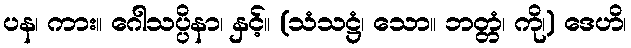
ပန၊ ကား။ ဂေါသပ္ပိနာ၊ နှင့်။ (သံသဋ္ဌံ၊ သော။ ဘတ္တံ၊ ကို၊) ဒေဟိ၊